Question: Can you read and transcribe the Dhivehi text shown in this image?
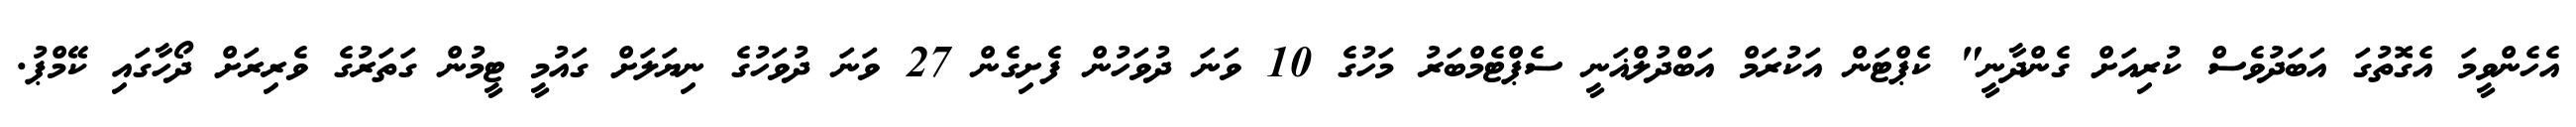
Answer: އެހެންވީމަ އެގޮތުގަ އަބަދުވެސް ކުރިއަށް ގެންދާނީ" ކެޕްޓަން އަކުރަމް އަބްދުލްޣަނީ ސެޕްޓެމްބަރު މަހުގެ 10 ވަނަ ދުވަހުން ފެށިގެން 27 ވަނަ ދުވަހުގެ ނިޔަލަށް ގައުމީ ޓީމުން ގަތަރުގެ ވެރިރަށް ދޯހާގައި ކޭމްޕު.